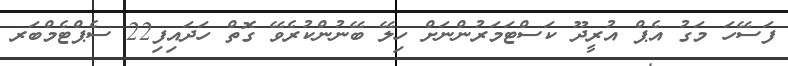
ފަސޭހަ މަގު އެޕް އުރީދޫ ކަސްޓަމަރުންނަށް ހިލޭ ބޭނުންކުރެވޭ ގޮތް ހަދައިފި22 ސެޕްޓެމްބަރ